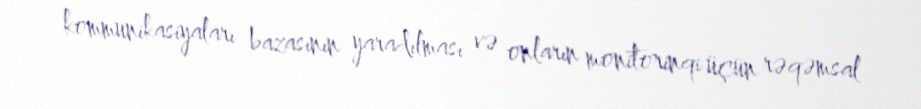
kommunikasiyaları bazasının yaradılması və onların monitorinqi üçün rəqəmsal